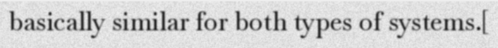
basically similar for both types of systems.[